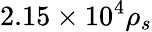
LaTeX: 2.15\times 10^{4}\rho_{s}